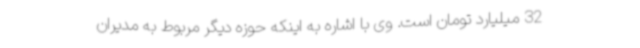
32 میلیارد تومان است. وی با اشاره به اینکه حوزه دیگر مربوط به مدیران